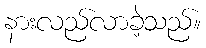
နားလည်လာခဲ့သည်။